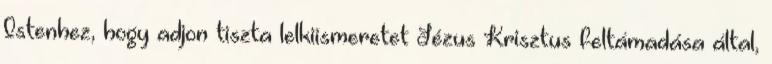
Istenhez, hogy adjon tiszta lelkiismeretet Jézus Krisztus feltámadása által,